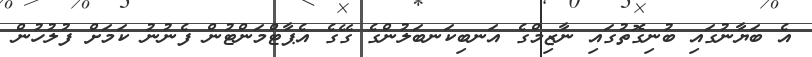
އެ ބަޔާނުގައި ބުނިގޮތުގައި ނާޒިމްގެ އަނބިކަނބަލުންގެ ގޭގެ އެޕާޓްމަންޓުން ފެނުނު ކަމަށް ފުލުހުން